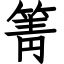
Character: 箐